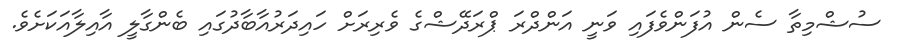
ސުޝްމިތާ ސެން އުފަންވެފައި ވަނީ އަންދްރަ ޕްރަދޭޝްގެ ވެރިރަށް ހައިދަރުއާބާދުގައި ބެންގާލީ އާއިލާއަކަށެވެ.